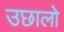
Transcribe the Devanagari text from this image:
उछालो